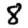
Digit: 8